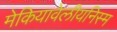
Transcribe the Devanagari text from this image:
मेकियावेलीयनिस्म